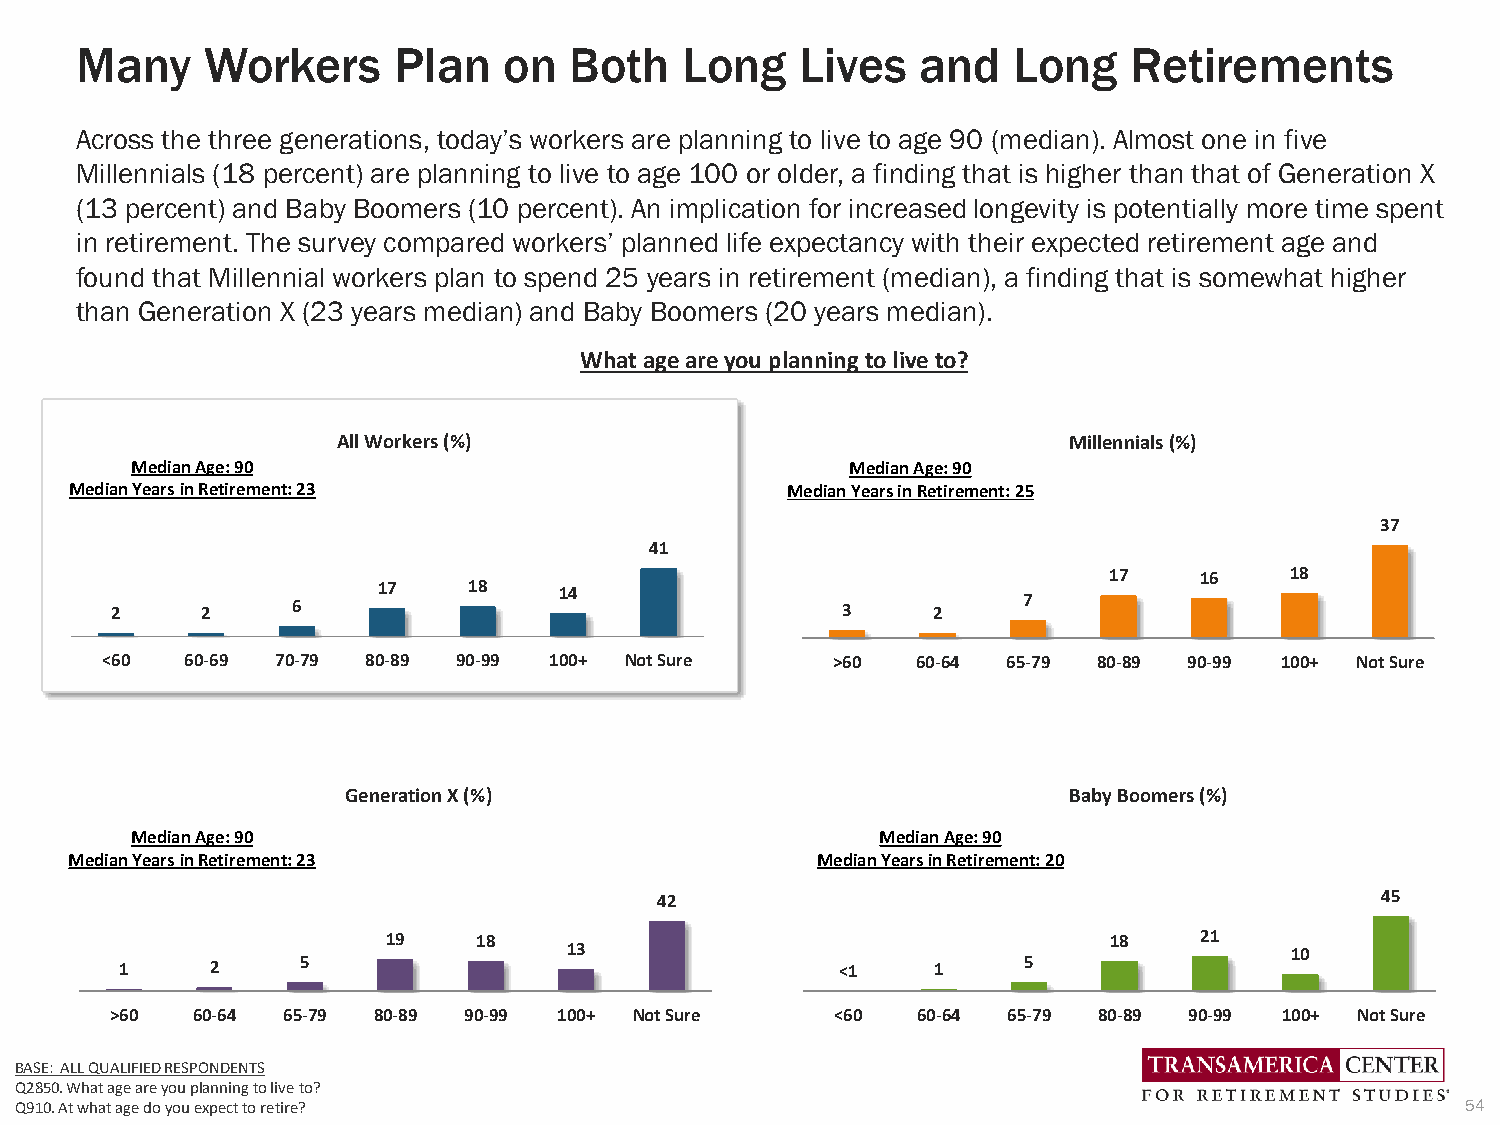
Many    Workers      Plan   on   Both   Long    Lives   and   Long    Retirements
 Across the three generations, today’s workers are planning to live to age 90 (median). Almost one in five
 Millennials (18 percent) are planning to live to age 100 or older, a finding that is higher than that of Generation X
 (13 percent) and Baby Boomers (10 percent). An implication for increased longevity is potentially more time spent
 in retirement. The survey compared workers’ planned life expectancy with their expected retirement age and
 found that Millennial workers plan to spend 25 years in retirement (median), a finding that is somewhat higher
 than Generation X (23 years median) and Baby Boomers (20 years median).
 What age are you planning to live to?
 All Workers (%)                                  Millennials (%)
 Median Age: 90                                 Median Age: 90
 Median Years in Retirement: 23                 Median Years in Retirement: 25
 37
 41
 17    16    18
 17    18    14
 2     2     6                                    3     2     7
 <60  60-69 70-79 80-89 90-99 100+ Not Sure      >60   60-64 65-79 80-89 90-99 100+ Not Sure
 Generation X (%)                                Baby Boomers (%)
 Median Age: 90                                   Median Age: 90
 Median Years in Retirement: 23                   Median Years in Retirement: 20
 42                                             45
 19    18                                       18    21
 13                                             10
 1     2     5                                   <1    1     5
 >60   60-64 65-79 80-89 90-99 100+ Not Sure     <60   60-64 65-79 80-89 90-99 100+ Not Sure
 BASE: ALL QUALIFIED RESPONDENTS
 Q2850. What age are you planning to live to?
 Q910. At what age do you expect to retire?                                                      54